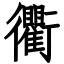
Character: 衢